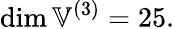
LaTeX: \dim\mathbb{V}^{(3)}=25.